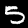
Digit: 5